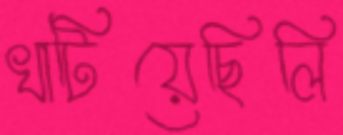
খাটিয়েছিলি